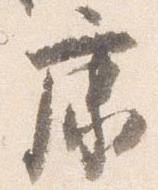
康